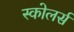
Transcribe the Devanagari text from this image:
स्कोलर्स